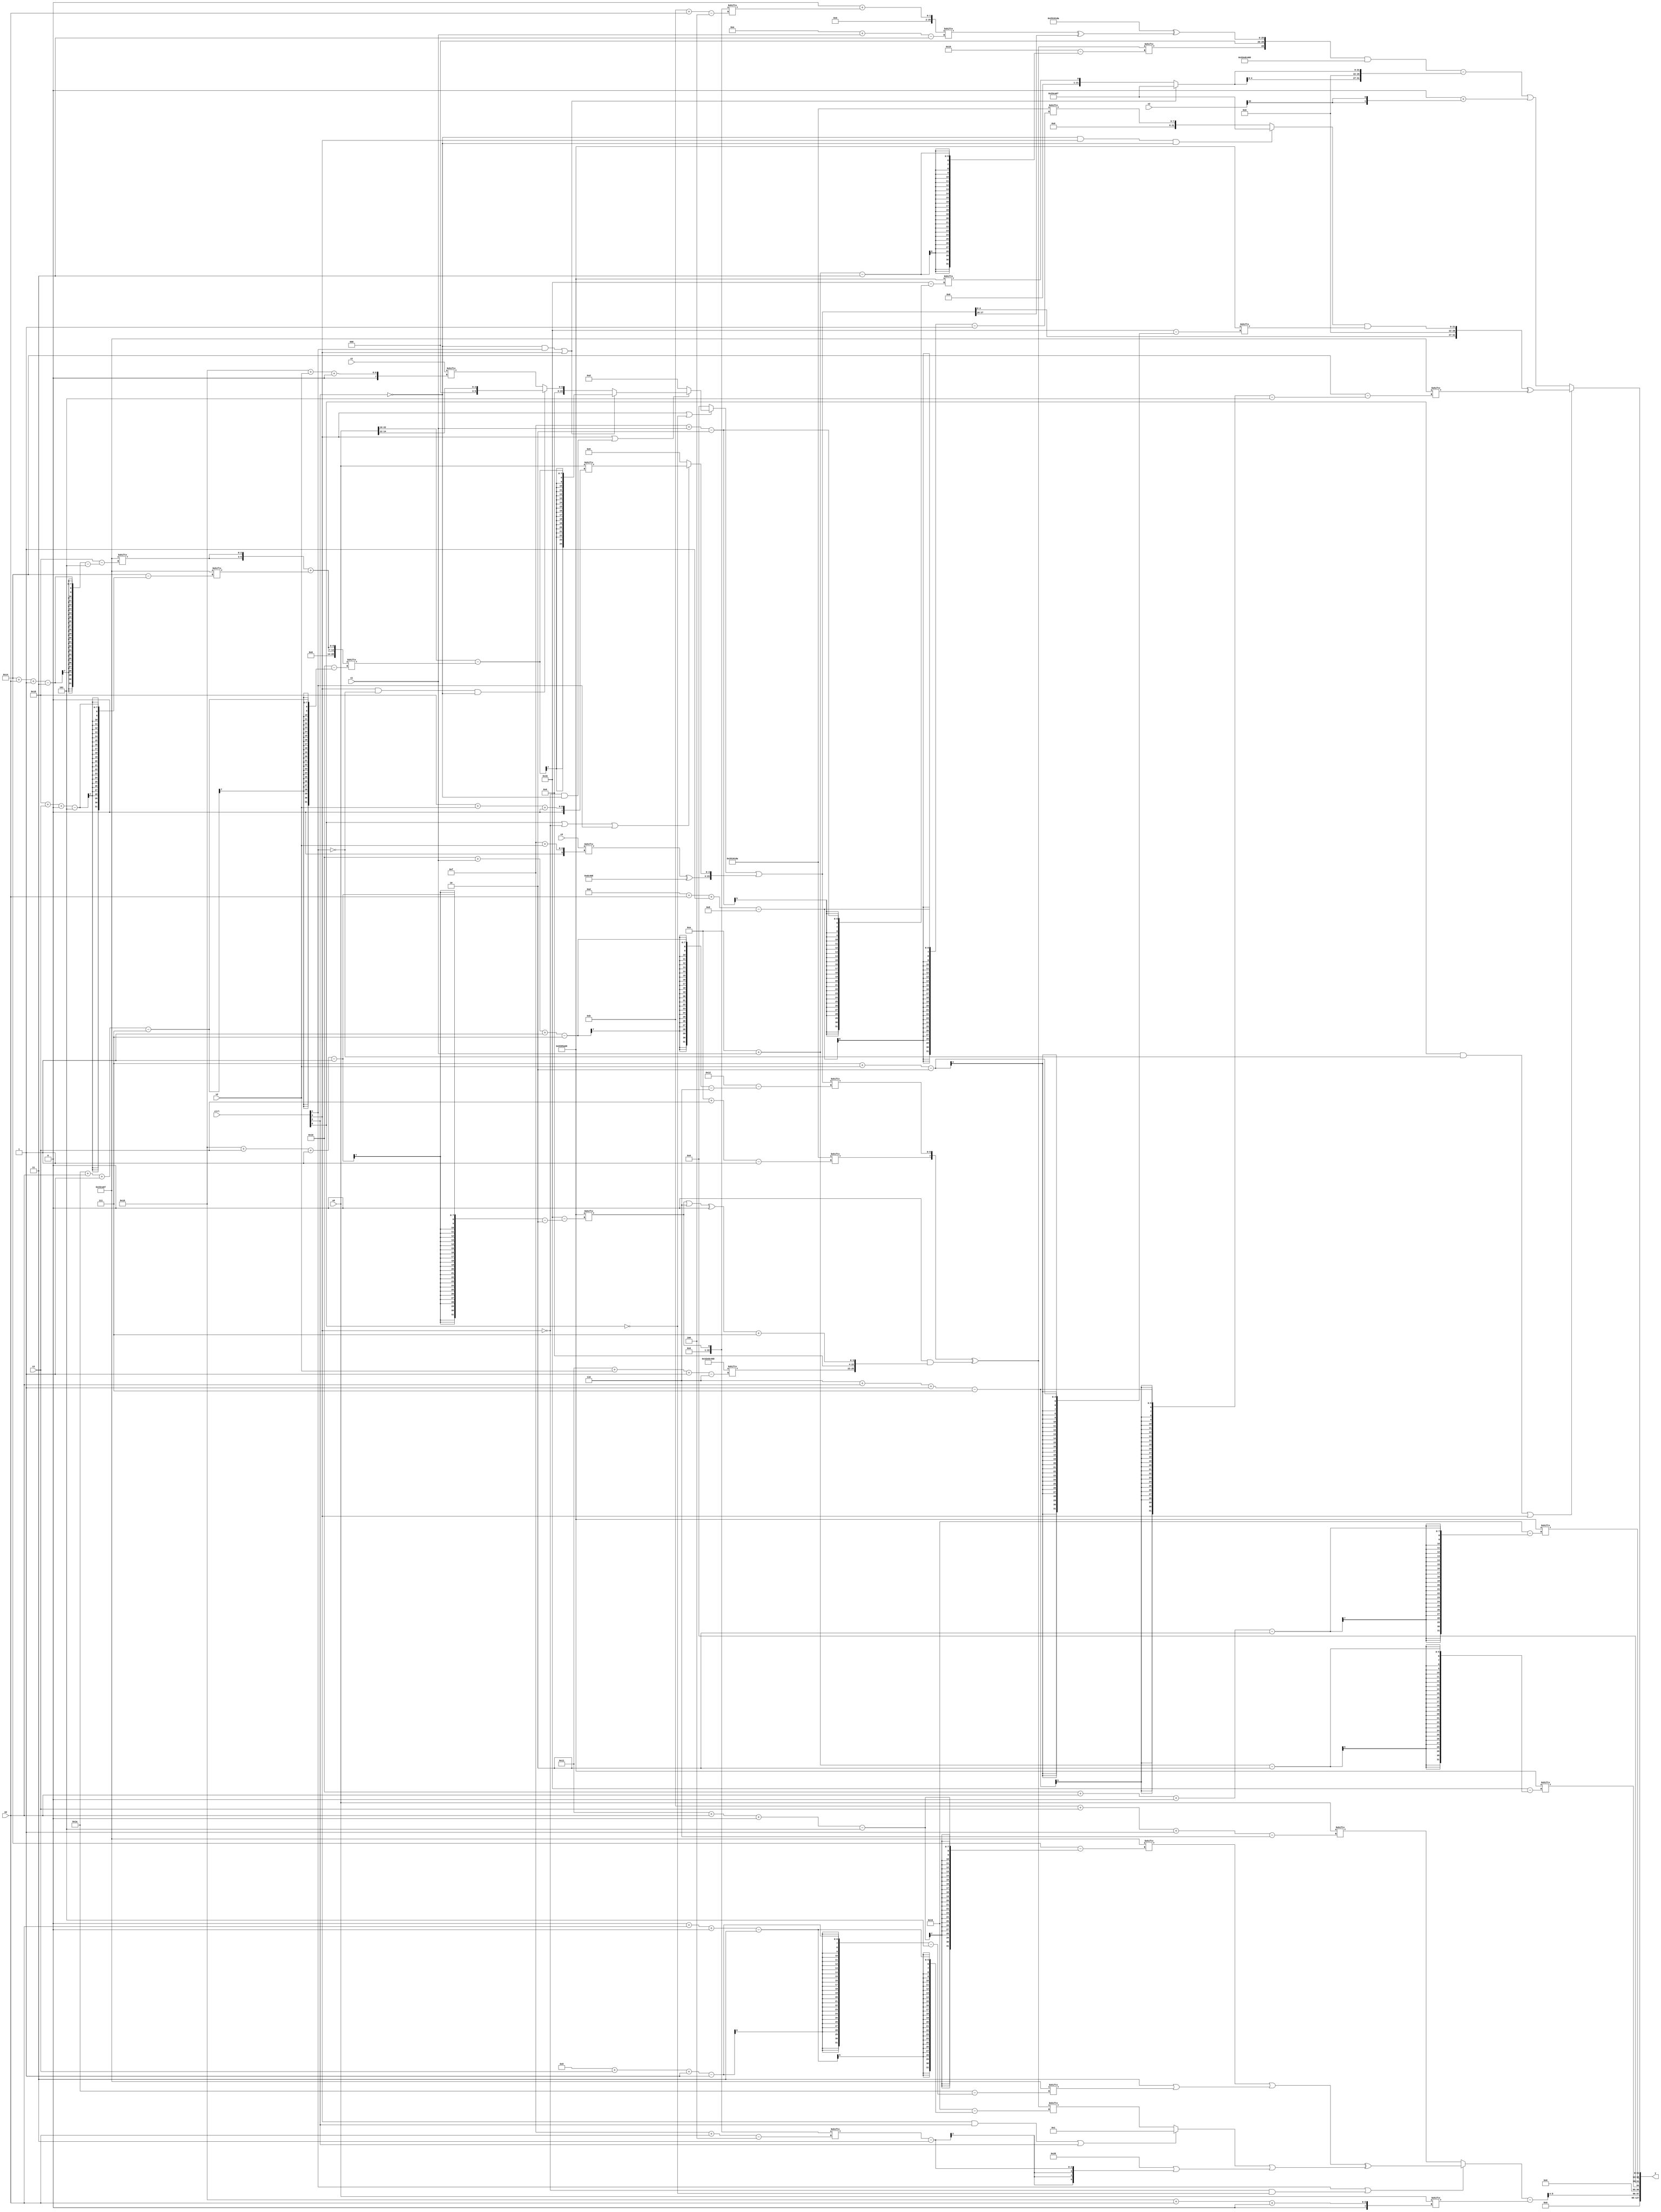
module partsel_00297(ctrl, s0, s1, s2, s3, x0, x1, x2, x3, y);
  input [3:0] ctrl;
  input [2:0] s0;
  input [2:0] s1;
  input [2:0] s2;
  input [2:0] s3;
  input [31:0] x0;
  input signed [31:0] x1;
  input signed [31:0] x2;
  input signed [31:0] x3;
  wire [7:27] x4;
  wire [24:7] x5;
  wire signed [30:5] x6;
  wire signed [0:28] x7;
  wire signed [6:30] x8;
  wire signed [29:7] x9;
  wire signed [26:4] x10;
  wire signed [4:28] x11;
  wire [3:28] x12;
  wire signed [28:3] x13;
  wire [28:6] x14;
  wire [26:0] x15;
  output [127:0] y;
  wire [31:0] y0;
  wire signed [31:0] y1;
  wire signed [31:0] y2;
  wire signed [31:0] y3;
  assign y = {y0,y1,y2,y3};
  localparam signed [5:31] p0 = 271829511;
  localparam [31:0] p1 = 854443112;
  localparam signed [29:1] p2 = 38887898;
  localparam [2:29] p3 = 943282694;
  assign x4 = ({2{{2{x0[11]}}}} - p1);
  assign x5 = p0[16 -: 1];
  assign x6 = ((x1 ^ x3[31 + s1 -: 8]) | x0[20 -: 4]);
  assign x7 = {2{({2{p0[20 + s0 -: 3]}} + p0[24 + s3 +: 7])}};
  assign x8 = ((ctrl[3] && ctrl[3] || !ctrl[0] ? (ctrl[3] || !ctrl[3] && !ctrl[2] ? (!ctrl[2] && ctrl[1] || ctrl[3] ? (x0[22 -: 4] - x7[26 + s0 -: 7]) : (ctrl[3] && !ctrl[1] && !ctrl[2] ? x0[12 +: 3] : x1[16 + s2 +: 6])) : p3[20 -: 4]) : p0[19]) | {2{(!ctrl[0] || ctrl[0] || ctrl[0] ? {(x3[15 + s2] ^ p1), (ctrl[0] || !ctrl[3] || ctrl[1] ? x0[24 + s2 +: 4] : p3[13 +: 3])} : x7[18 -: 4])}});
  assign x9 = p2;
  assign x10 = p3[16 + s3 -: 1];
  assign x11 = {{p2, x8[22 -: 2]}, {2{((!ctrl[0] && !ctrl[1] || !ctrl[0] ? p0[22 -: 3] : (x9[13 -: 2] - p2[11 + s2 -: 4])) - p3)}}};
  assign x12 = ({p2[10 + s3], x8[22 + s1 -: 7]} ^ ({2{x10[22]}} & {p1[17 + s2 -: 6], (((x10 | p0[12 -: 3]) ^ x7[11]) + (p1[15 +: 2] | p0[13 +: 4]))}));
  assign x13 = (p2[13] + x10[11 + s0]);
  assign x14 = ((ctrl[1] || !ctrl[3] && !ctrl[0] ? ({2{{2{(p0[17 + s0 +: 7] | (p2[15 -: 2] | p0[9 + s3 -: 1]))}}}} ^ ((ctrl[3] && ctrl[2] || ctrl[2] ? p1[22 -: 1] : x12[0 + s0 +: 5]) | {x8, (p1 | (x10[15 + s0] - (p2[17] ^ p3[18 +: 2])))})) : x0[11 + s3 -: 6]) - x0[16 + s0 +: 5]);
  assign x15 = x2[30 + s2 +: 3];
  assign y0 = x14[10 +: 2];
  assign y1 = {x15[15 -: 1], p3[10 + s1]};
  assign y2 = p3[22 + s0 +: 7];
  assign y3 = (ctrl[0] && !ctrl[1] || ctrl[3] ? ({x8, ((!ctrl[2] && ctrl[3] && !ctrl[2] ? p0 : p2[13 + s0 -: 8]) & p3[7 + s2])} ^ p0[6 + s0 -: 7]) : ((({x12[10 + s1], (p2 ^ (x13[14 + s1] ^ x8[14 -: 2]))} & p1) - {2{(ctrl[1] && !ctrl[2] || ctrl[3] ? p0 : p3[15 + s1])}}) | (x13[12 +: 4] + {2{x2[22]}})));
endmodule